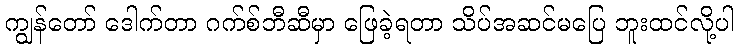
ကျွန်တော် ဒေါက်တာ ဂက်စ်ဘီဆီမှာ ဖြေခဲ့ရတာ သိပ်အဆင်မပြေ ဘူးထင်လို့ပါ